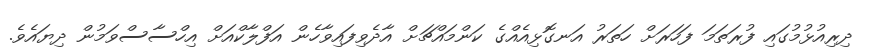
ދިރިއުޅުމުގައި ފުރަތަމަ ފަހަރަށް ހަތަރު އަނގޮޅިއެއްގެ ކަންމައްޗަށް އާދެވިފައިވާހެން އަފްލާކްއަށް އިހްސާސްވަމުން ދިޔައެވެ.